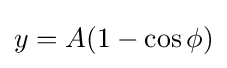
y=A(1-\cos \phi )